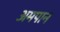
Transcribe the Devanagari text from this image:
अमपान